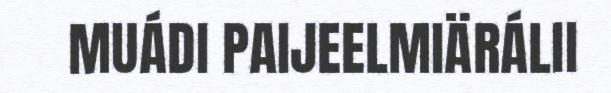
MUÁDI PAIJEELMIÄRÁLII